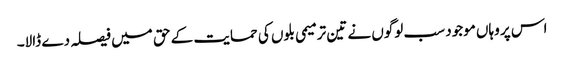
اس پر وہاں موجود سب لوگوں نے تین ترمیمی بلوں کی حمایت کے حق میں فیصلہ دے ڈالا۔